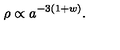
\rho \propto a ^ { - 3 ( 1 + w ) } .